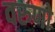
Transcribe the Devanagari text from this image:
वरुणो